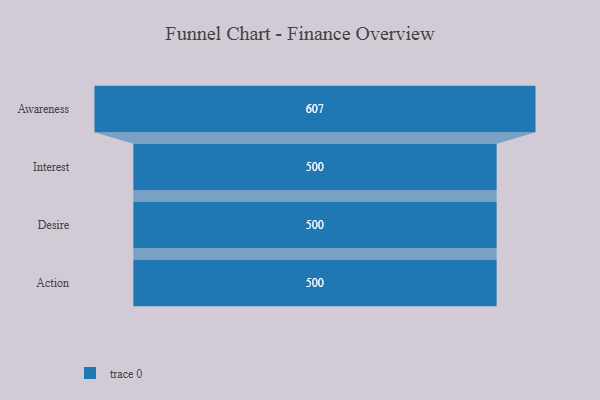
{"axis": {"x": "Stage", "y": "Value"}, "legend": [""], "data": [{"x": "Awareness", "y": 607.0, "type": ""}, {"x": "Interest", "y": 500, "type": ""}, {"x": "Desire", "y": 500, "type": ""}, {"x": "Action", "y": 500, "type": ""}]}